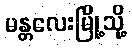
မန္တလေးမြို့သို့